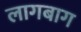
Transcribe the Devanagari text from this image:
लागबाग